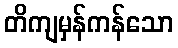
တိကျမှန်ကန်သော